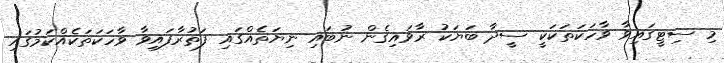
މި ސިޓީގައިވާ ވާހަކަތަކަކީ ސީދާ ބަޔަކު ރާވައިގެން ނުބައި ނިޔަތެއްގައި ފަތުރާފައިވާ ވާހަކަތަކެއްކަމުގައި